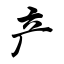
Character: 产